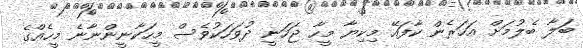
ބަލާ ބެލުމަށް އަހަރެން ކާފައޭ މިކިޔާ މީހާ ޖަހަނީ ދުވަހަކުވެސް މީހަކާނީންނާނެ މީހެއްގެ